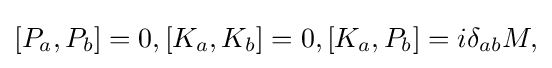
[P_{a},P_{b}]=0,[K_{a},K_{b}]=0,[K_{a},P_{b}]=i\delta _{ab}M,\,\!